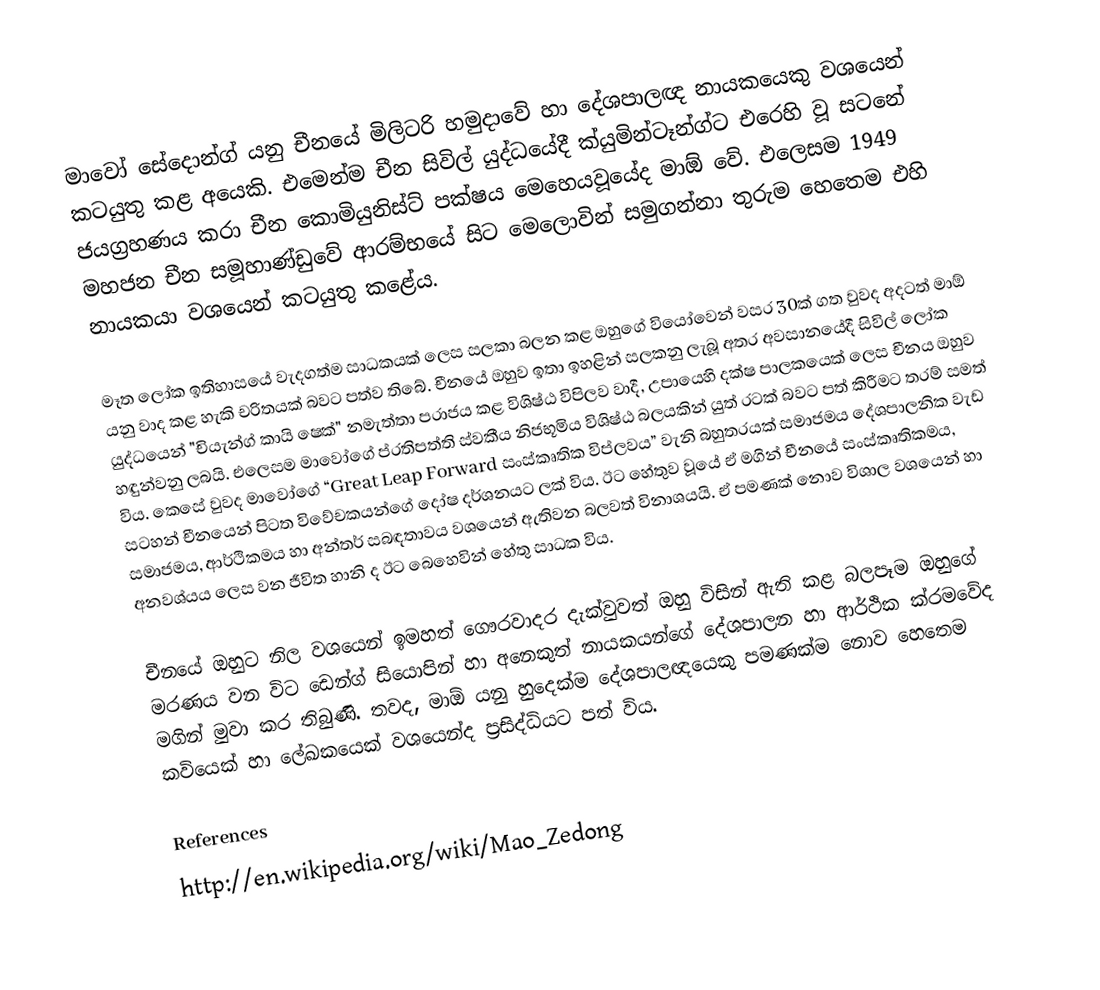
මාවෝ සේදොන්ග් යනු චීනයේ මිලිටරි හමුදාවේ හා දේශපාලඥ නායකයෙකු වශයෙන් කටයුතු කළ අයෙකි. එමෙන්ම චීන සිවිල් යුද්ධයේදී ක්යුමින්ටෑන්ග්ට එරෙහි වූ සටනේ ජයග්‍රහණය කරා චීන කොමියුනිස්ට් පක්ෂය මෙහෙයවූයේද මාඕ වේ. එලෙසම 1949 මහජන චීන සමූහාණ්ඩුවේ ආරම්භයේ සිට මෙලොවින් සමුගන්නා තුරුම හෙතෙම එහි නායකයා වශයෙන් කටයුතු කළේය.

මෑත ලෝක ඉතිහාසයේ වැදගත්ම සාධකයක් ලෙස සලකා බලන කළ ඔහුගේ වියෝවෙන් වසර 30ක් ගත වුවද අදටත් මාඕ යනු වාද කළ හැකි චරිතයක් බවට පත්ව තිබේ. චීනයේ ඔහුව ඉතා ඉහළින් සලකනු ලැබූ අතර අවසානයේදී සිවිල් ලෝක යුද්ධයෙන් "චියැන්ග් කායි ෂෙක්" නමැත්තා පරාජය කළ විශිෂ්ඨ විපිලව වාදී, උපායෙහි දක්ෂ පාලකයෙක් ලෙස චීනය ඔහුව හඳුන්වනු ලබයි. එලෙසම මාවෝගේ ප්රතිපත්ති ස්වකීය නිජභූමිය විශිෂ්ඨ බලයකින් යුත් රටක් බවට පත් කිරීමට තරම් සමත් විය. කෙසේ වුවද මාවෝගේ “Great Leap Forward සංස්කෘතික විප්ලවය” වැනි බහුතරයක් සමාජමය දේශපාලනික වැඩ සටහන් චීනයෙන් පිටත විවේචකයන්ගේ දෝෂ දර්ශනයට ලක් විය. ඊට හේතුව වූයේ ඒ මගින් චීනයේ සංස්කෘතිකමය, සමාජමය, ආර්ථිකමය හා අන්තර්  සබඳතාවය වශයෙන් ඇතිවන බලවත් විනාශයයි. ඒ පමණක් නොව  විශාල වශයෙන් හා අනවශ්යය ලෙස වන ජීවිත හානි ද ඊට බෙහෙවින් හේතු සාධක විය.

චීනයේ ඔහුට නිල වශයෙන් ඉමහත් ගෞරවාදර දැක්වුවත් ඔහු විසින් ඇති කළ බලපෑම ඔහුගේ මරණය වන විට ඩෙන්ග් සියොපින් හා අනෙකුත් නායකයන්ගේ දේශපාලන හා ආර්ථික ක්රමවේද මගින් මුවා කර තිබුණි. තවද, මාඕ යනු හුදෙක්ම දේශපාලඥයෙකු පමණක්ම නොව හෙතෙම කවියෙක් හා ලේඛකයෙක් වශයෙන්ද ප්‍රසිද්ධියට පත් විය.

References
http://en.wikipedia.org/wiki/Mao_Zedong